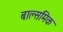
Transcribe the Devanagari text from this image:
बाल्समिक